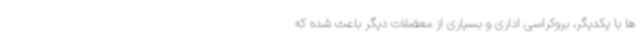
ها با یکدیگر، بروکراسی اداری و بسیاری از معضلات دیگر باعث شده که